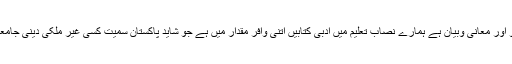
ب) ادبیات سے مراد علم صرف ، علم نحو اور معانی وبیان ہے ہمارے نصاب تعلیم میں ادبی کتابیں اتنی وافر مقدار میں ہے جو شاید پاکستان سمیت کسی غیر ملکی دینی جامعات میں تخصصی کے علاوہ نہیں ہونگی۔